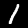
Digit: 1